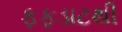
ફફડાટથી